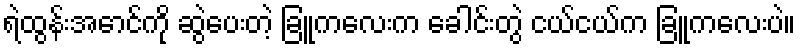
ရဲထွန်းအောင်ကို ဆွဲပေးတဲ့ ခြူကလေးက ခေါင်းတွဲ ငယ်ငယ်က ခြူကလေးပဲ။